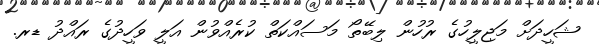
ޝަހީދަށް މަޖިލީހުގެ ރުހުން ލިބޭތޯ މަސައްކަތް ކުރެއްވުން އަލީ ވަހީދުގެ ރައްދު ޑރ.